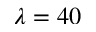
\lambda = 4 0